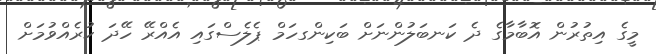
މީގެ އިތުރުން އޮބާމާގެ ދެ ކަނބަލުންނަށް ބަަކިންގހަމް ޕެލެސްގައި އެއްރޭ ހޭދަ ކުރެއްވުމަށް